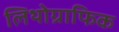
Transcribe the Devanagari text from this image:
लिथोग्राफिक